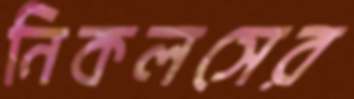
নিকলসের